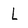
Character: L